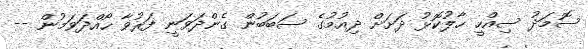
ސޮމަދު ސިއްހީ ހާލުކޮޅު ދަށަށް ދިއުމުގެ ސަބަބުން ގެންދަވަނީ ފަރުވާ ހޯއްދަވަމުން --